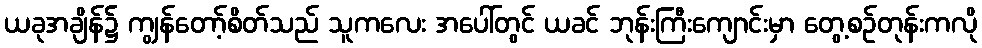
ယခုအချိန်၌ ကျွန်တော့်စိတ်သည် သူကလေး အပေါ်တွင် ယခင် ဘုန်းကြီးကျောင်းမှာ တွေ့စဉ်တုန်းကလို